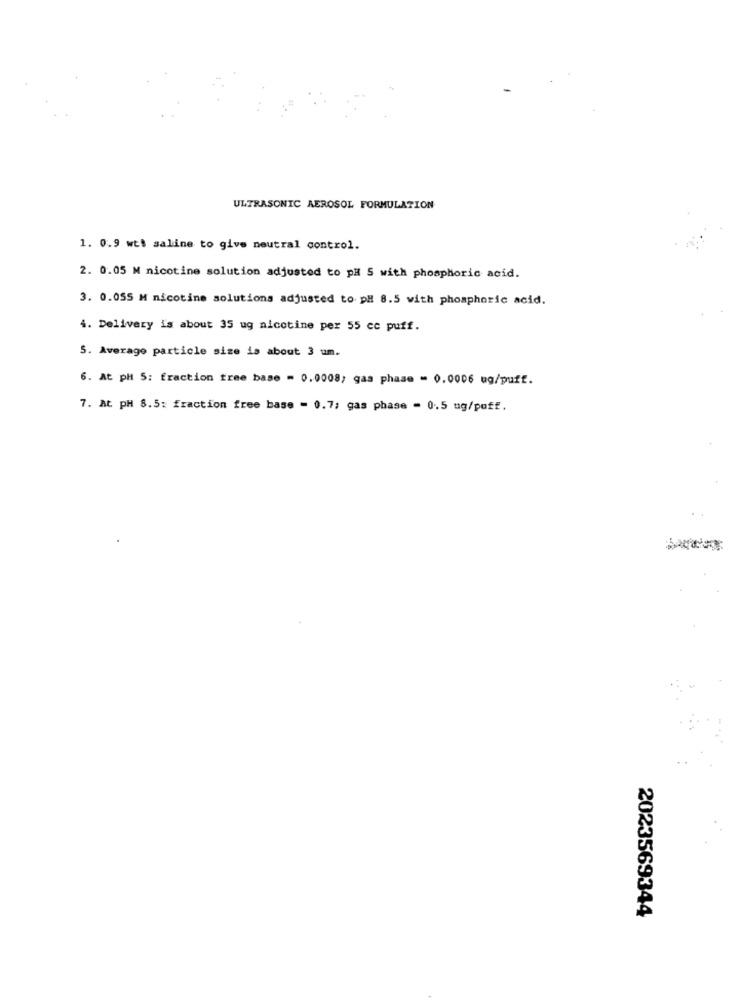
ULTRASONIC AEROSOL FORMULATION
1. 0.9 wt: saline to give neutral control.
2. 0.05 M nicotine solution adjusted to pH S with phosphoric acid.
3. 0.055 M nicotine solutions adjusted to pH 8.5 with phosphoric acid.
4. Delivery is about 35 ug nicotine per 55 cc puff.
5. Average particle size is about 3 um.
6. At pH S: fraction free base = 0.0008, gas phase = 0.0006 ug/puff.
7. At PH 8.5: fraction free base - 0.7; gas phase = 0.5 ug/poff.
2023569344